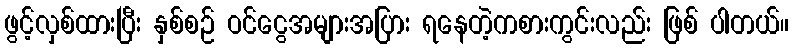
ဖွင့်လှစ်ထားပြီး နှစ်စဉ် ဝင်ငွေအများအပြား ရနေတဲ့ကစားကွင်းလည်း ဖြစ် ပါတယ်။